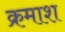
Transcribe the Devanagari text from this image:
क्रमाश